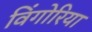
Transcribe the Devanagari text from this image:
विंगोरिया